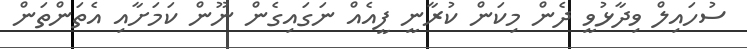
ސުހައިލް ވިދާޅުވީ ދެން މިކަން ކުރާނީ ފީއެއް ނަގައިގެން ނޫން ކަމަށާއި އެތަންތަން